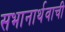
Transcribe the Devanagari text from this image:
सभानार्थवाची